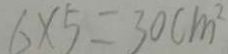
6 \times 5 = 3 0 c m ^ { 2 }